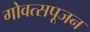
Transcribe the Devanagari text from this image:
गोवत्सपूजन